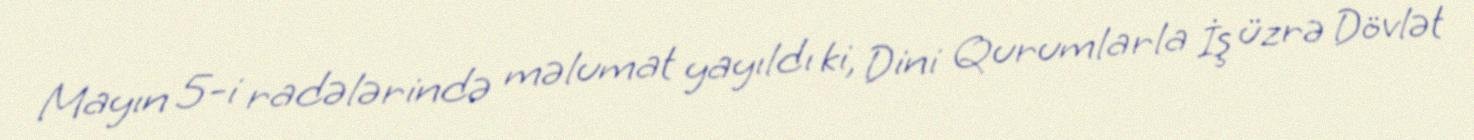
Mayın 5-i radələrində məlumat yayıldı ki, Dini Qurumlarla İş üzrə Dövlət